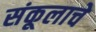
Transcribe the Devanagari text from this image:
संकूलाचे